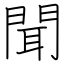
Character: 聞